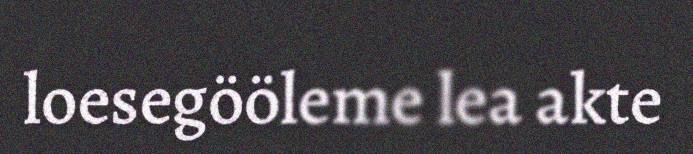
loesegööleme lea akte